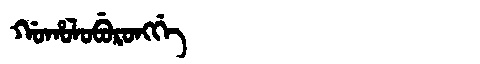
Manchu: ᡤᠣᡥᠣᠯᠣᠪᡠᡵᠣᠩᡤᡝ
Romanization: GOHOLOBURONGGE